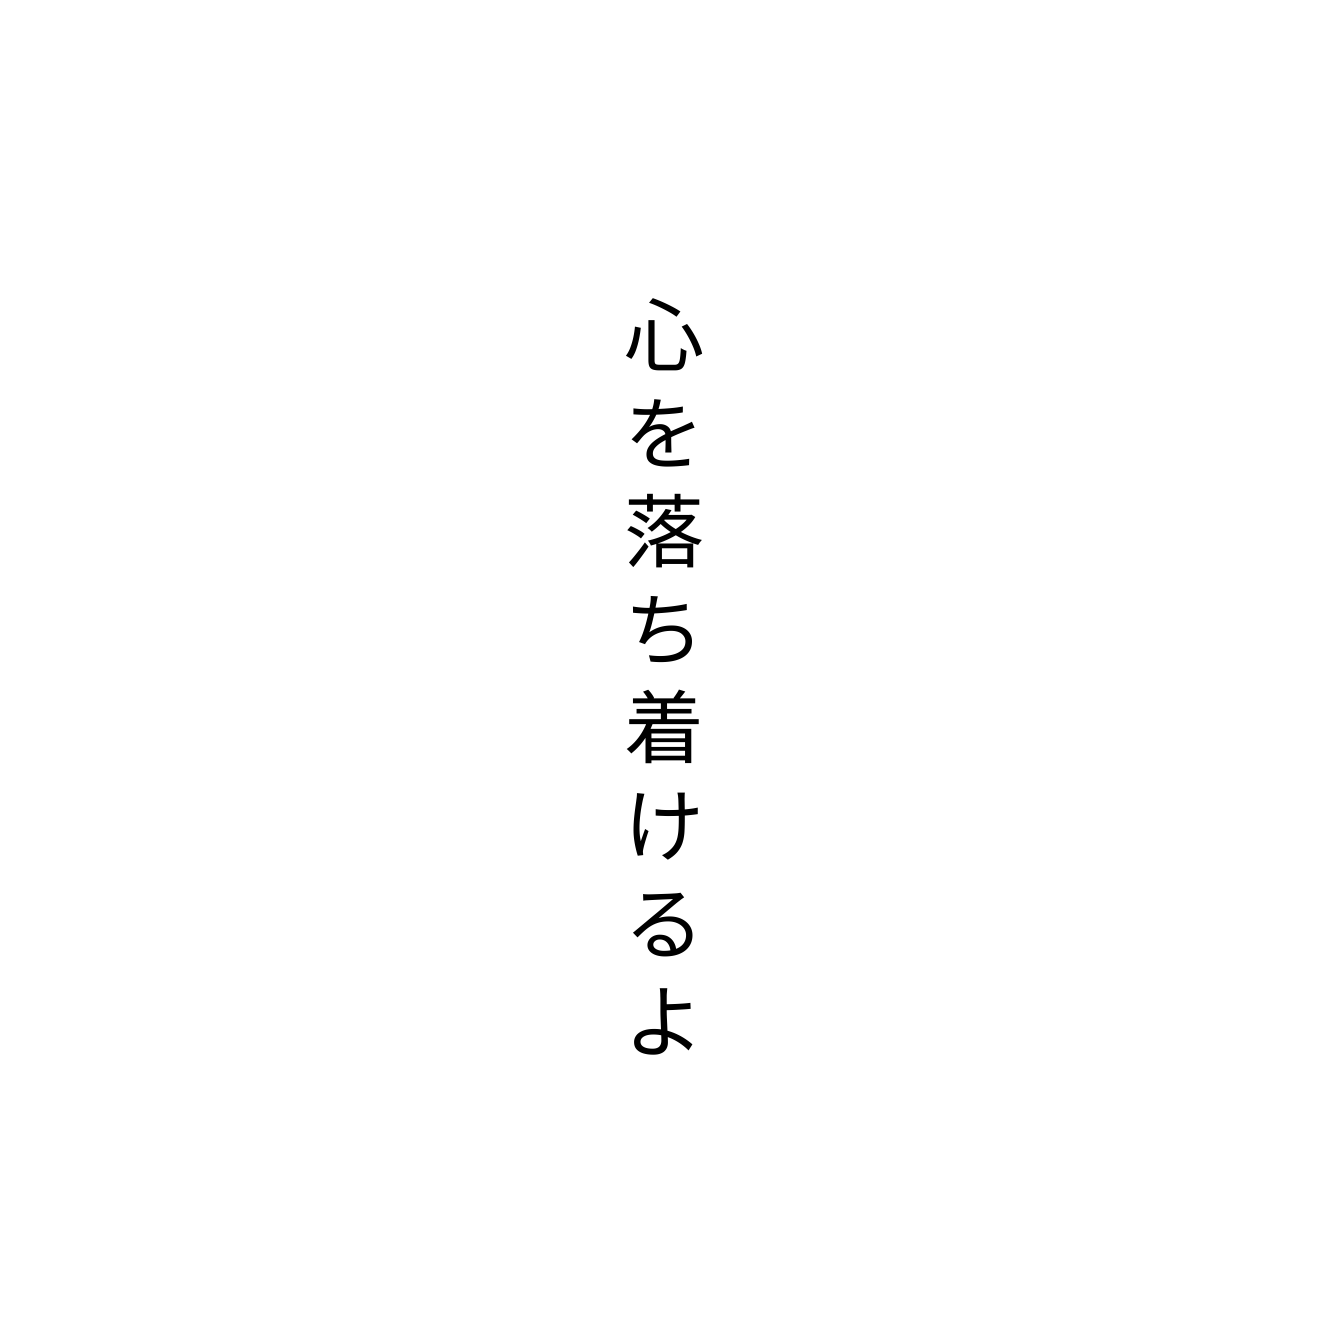
心を落ち着けるよ